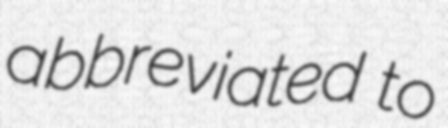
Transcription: abbreviated to